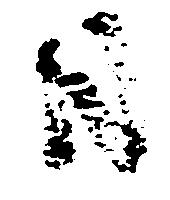
日